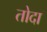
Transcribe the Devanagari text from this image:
तोदा